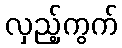
လှည့်ကွက်